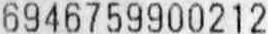
6946759900212